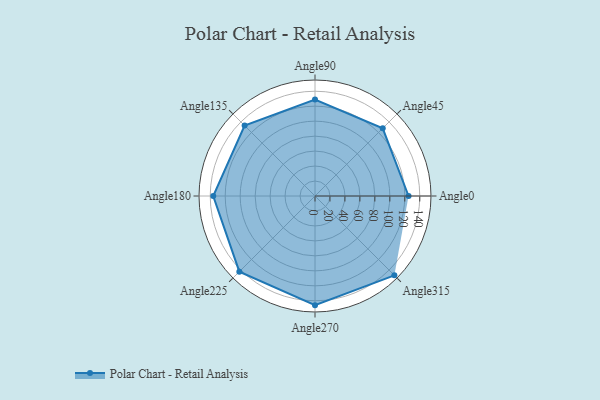
{"axis": {"x": "Angle", "y": "Radius"}, "legend": [""], "data": [{"x": "Angle0", "y": 125.0, "type": ""}, {"x": "Angle45", "y": 128.0, "type": ""}, {"x": "Angle90", "y": 129.0, "type": ""}, {"x": "Angle135", "y": 133.0, "type": ""}, {"x": "Angle180", "y": 136.0, "type": ""}, {"x": "Angle225", "y": 143.0, "type": ""}, {"x": "Angle270", "y": 146.0, "type": ""}, {"x": "Angle315", "y": 150.0, "type": ""}]}